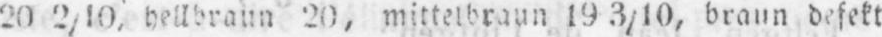
20 2/10. hellbraun 20, mittelbraun 19 3/10, braun defekt